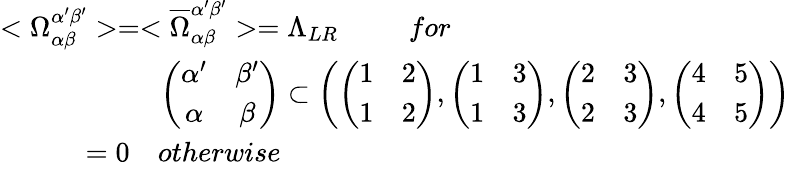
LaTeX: \begin{array}{l}{{<\Omega_{\alpha\beta}^{\alpha^{\prime}\beta^{\prime}}>=<\overline{{{\Omega}}}_{\alpha\beta}^{\alpha^{\prime}\beta^{\prime}}>=\Lambda_{LR}~~~~~~~~~~for}}\\ {{~~~~~~~~~~~~~~~~~~~~~~\left(\begin{array}{cc}{{\alpha^{\prime}}}&{{\beta^{\prime}}}\\ {{\alpha}}&{{\beta}}\end{array}\right)\subset\left(\left(\begin{array}{cc}{{1}}&{{2}}\\ {{1}}&{{2}}\end{array}\right),\left(\begin{array}{cc}{{1}}&{{3}}\\ {{1}}&{{3}}\end{array}\right),\left(\begin{array}{cc}{{2}}&{{3}}\\ {{2}}&{{3}}\end{array}\right),\left(\begin{array}{cc}{{4}}&{{5}}\\ {{4}}&{{5}}\end{array}\right)\right)}}\\ {{~~~~~~~~~~~=0~~~~otherwise}}\end{array}